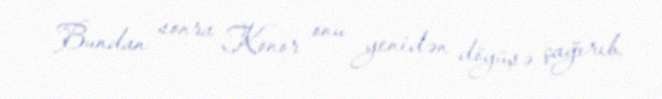
Bundan sonra Konor onu yenidən döyüşə çağırıb.